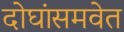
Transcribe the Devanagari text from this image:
दोघांसमवेत